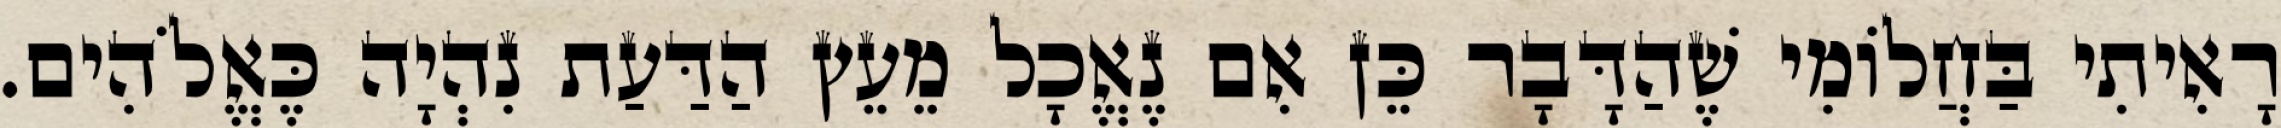
רָאִיתִי בַּחֲלוֹמִי שֶׁהַדָּבָר כֵּן אִם נֶאֱכָל מֵעֵץ הַדַּעַת נִהְיָה כֶּאֱלֹהִים.